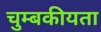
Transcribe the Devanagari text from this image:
चुम्बकीयता